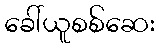
ခေါ်ယူစစ်ဆေး